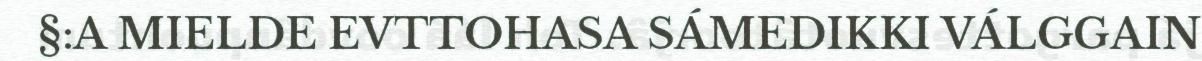
§:A MIELDE EVTTOHASA SÁMEDIKKI VÁLGGAIN